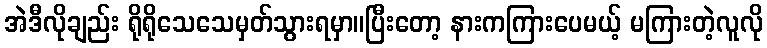
အဲဒီလိုချည်း ရိုရိုသေသေမှတ်သွားရမှာ။ပြီးတော့ နားကကြားပေမယ့် မကြားတဲ့လူလို